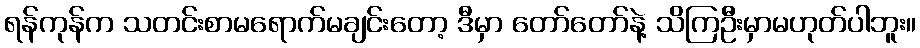
ရန်ကုန်က သတင်းစာမရောက်မချင်းတော့ ဒီမှာ တော်တော်နဲ့ သိကြဦးမှာမဟုတ်ပါဘူး။